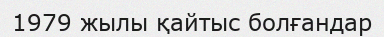
1979 жылы қайтыс болғандар